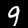
Label: 9